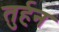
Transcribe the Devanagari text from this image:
तुर्हन